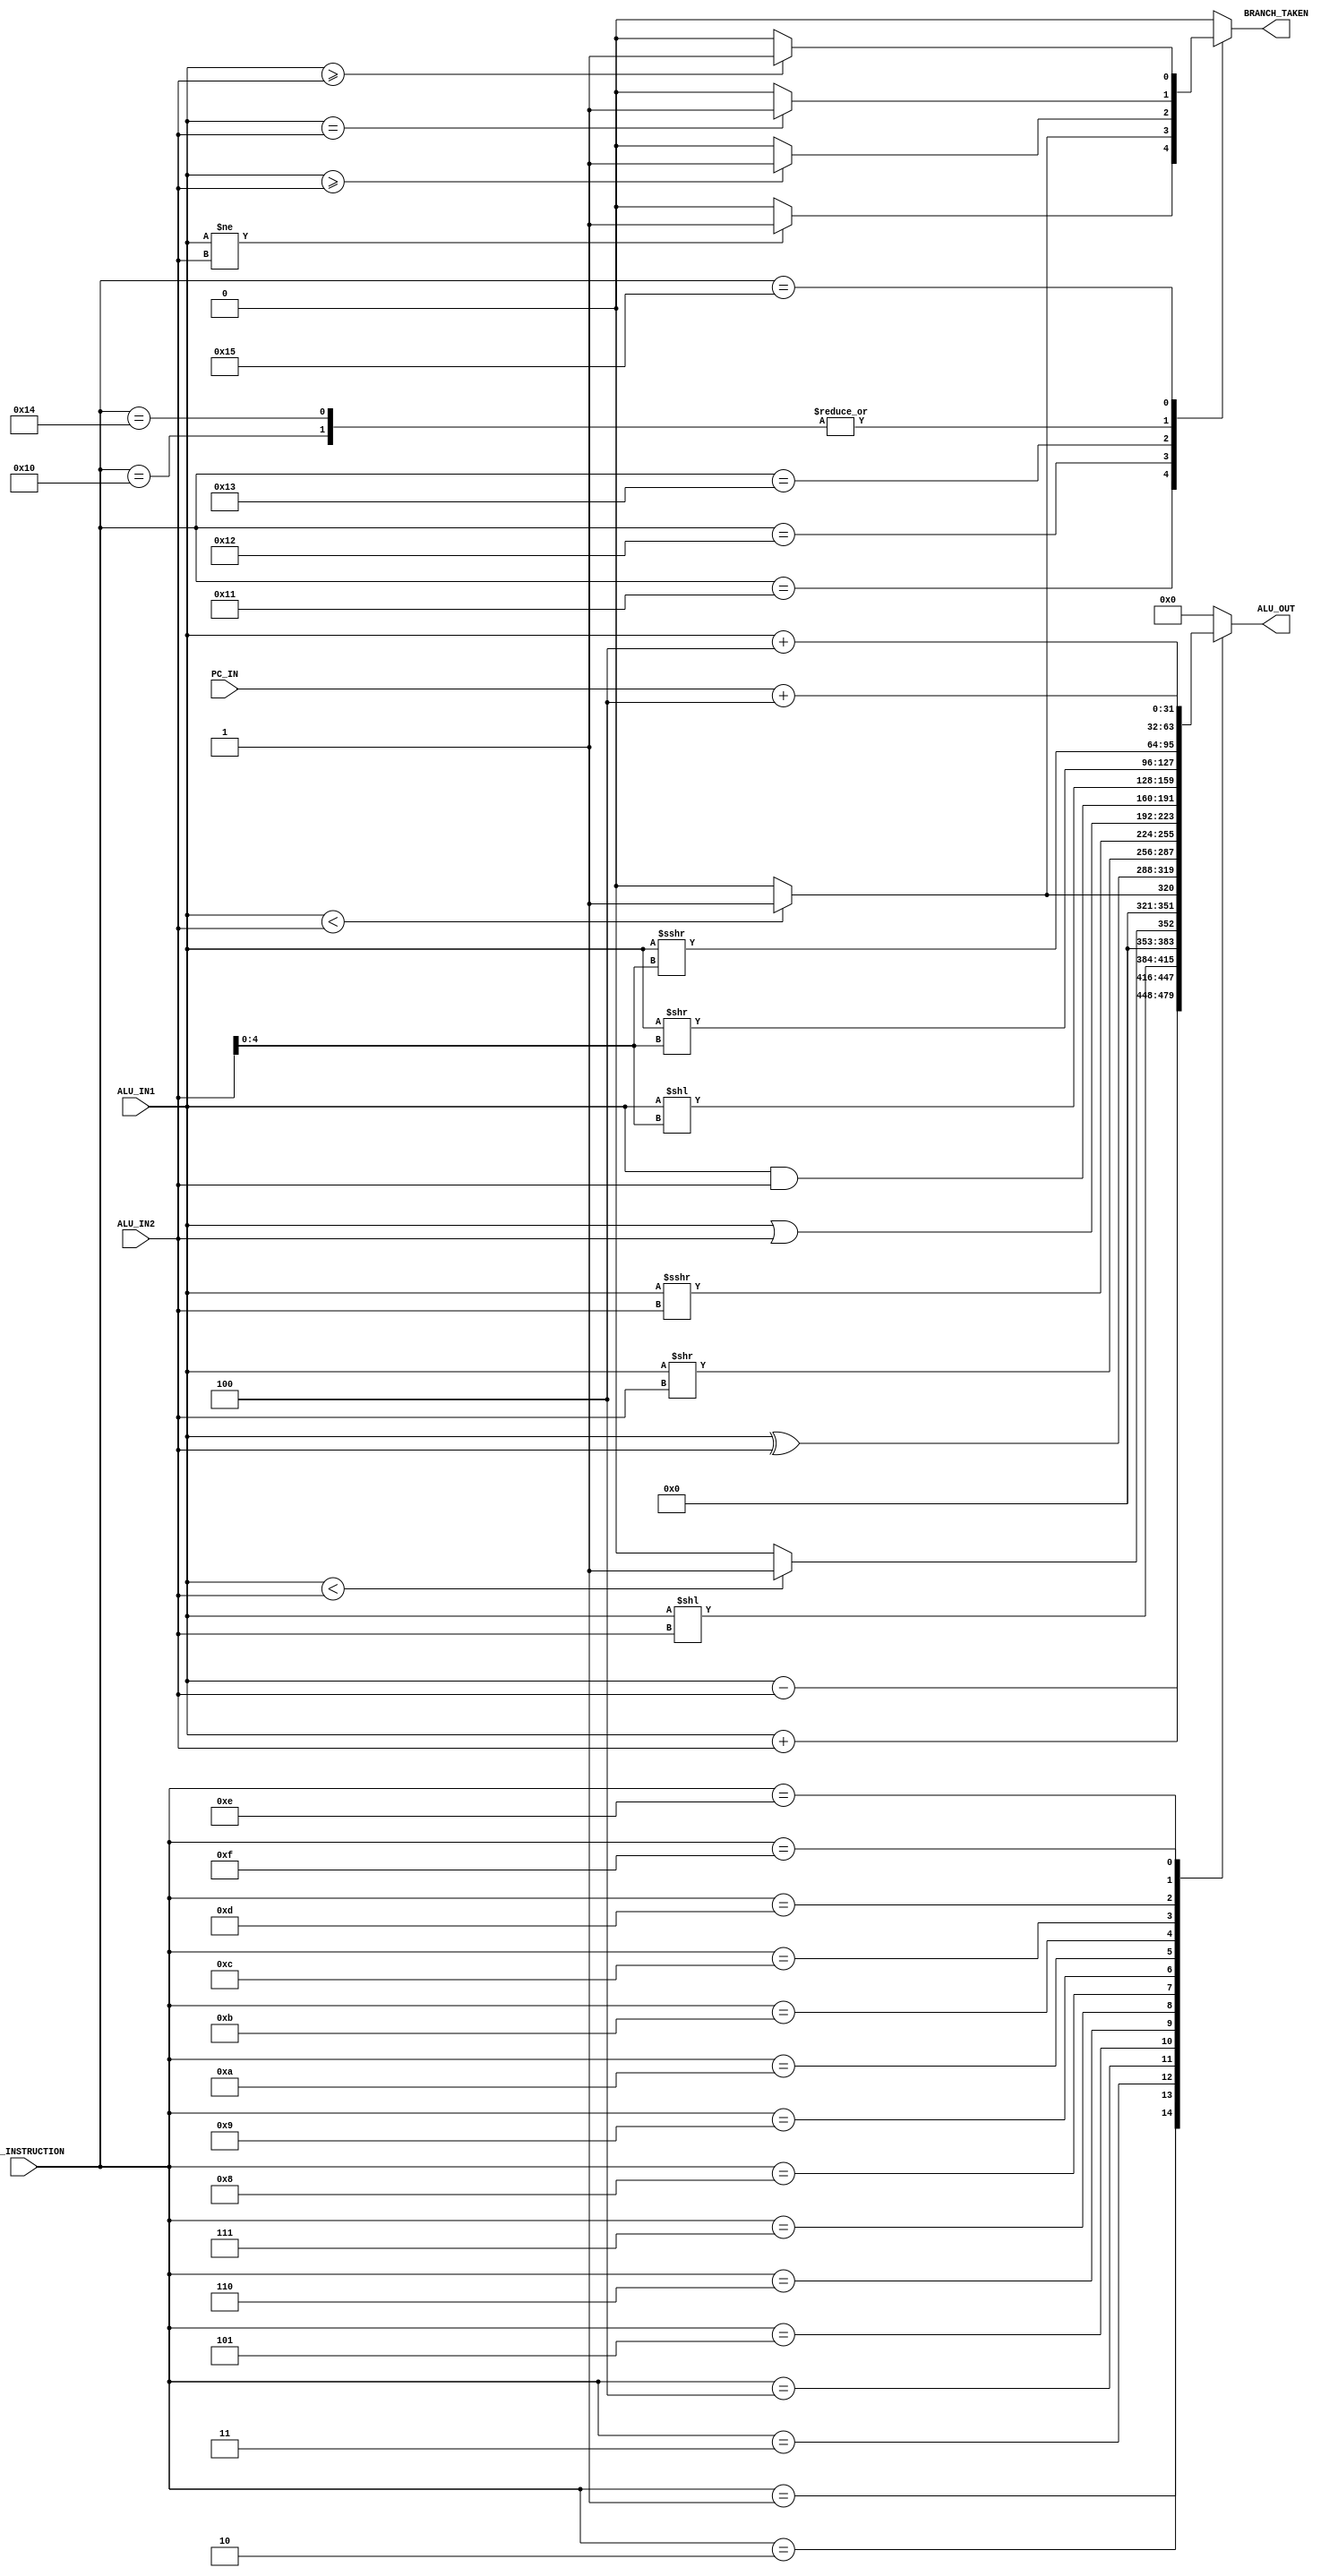
`timescale 1ns / 1ps
//////////////////////////////////////////////////////////////////////////////////
// Company: 
// 
// Design Name: 
// Module Name:     ALU
// Project Name:    RISC-V
// Target Devices: 
// Tool Versions: 
// Description: 
// 
// Dependencies: 
// 
// Revision:
// Revision 0.01 - File Created
// Additional Comments:
// 
//////////////////////////////////////////////////////////////////////////////////


module ALU #(
        parameter DATA_WIDTH            = 32            ,
        parameter HIGH                  = 1'b1          ,
        parameter LOW                   = 1'b0          ,
        
        parameter ALU_NOP               = 5'b00000      ,
        parameter ALU_ADD               = 5'b00001      ,
        parameter ALU_SUB               = 5'b00010      ,
        parameter ALU_SLL               = 5'b00011      ,
        parameter ALU_SLT               = 5'b00100      ,
        parameter ALU_SLTU              = 5'b00101      ,
        parameter ALU_XOR               = 5'b00110      ,
        parameter ALU_SRL               = 5'b00111      ,
        parameter ALU_SRA               = 5'b01000      ,
        parameter ALU_OR                = 5'b01001      ,
        parameter ALU_AND               = 5'b01010      ,
        parameter ALU_SLLI              = 5'b01011      ,
        parameter ALU_SRLI              = 5'b01100      ,
        parameter ALU_SRAI              = 5'b01101      ,
        parameter ALU_JAL               = 5'b01110      ,
        parameter ALU_JALR              = 5'b01111      ,
        parameter ALU_BEQ               = 5'b10000      ,
        parameter ALU_BNE               = 5'b10001      ,
        parameter ALU_BLT               = 5'b10010      ,
        parameter ALU_BGE               = 5'b10011      ,
        parameter ALU_BLTU              = 5'b10100      ,
        parameter ALU_BGEU              = 5'b10101      
    ) (
        input   [DATA_WIDTH - 1  : 0]   ALU_IN1           ,
        input   [DATA_WIDTH - 1  : 0]   ALU_IN2           ,
        input   [DATA_WIDTH - 1  : 0]   PC_IN             ,
        input   [4               : 0]   ALU_INSTRUCTION   ,
        output  [DATA_WIDTH - 1  : 0]   ALU_OUT           ,
        output                          BRANCH_TAKEN
    );
   
    reg  [DATA_WIDTH - 1  : 0]  alu_out_reg         ;
    reg                         branch_taken_reg    ;
    
    always@(*)
    begin
        case(ALU_INSTRUCTION)
            ALU_NOP:
            begin
                alu_out_reg         = 32'b0;
                branch_taken_reg    = LOW;
            end
            ALU_ADD:
            begin
                alu_out_reg         = $signed(ALU_IN1) + $signed(ALU_IN2);
                branch_taken_reg    = LOW;
            end
            ALU_SUB:
            begin
                alu_out_reg         = $signed(ALU_IN1) - $signed(ALU_IN2);
                branch_taken_reg    = LOW;
            end
            ALU_SLL:
            begin
                alu_out_reg         = ALU_IN1 << ALU_IN2;
                branch_taken_reg    = LOW;
            end
            ALU_SLT:
            begin
                if(ALU_IN1 < ALU_IN2)
                begin
                    alu_out_reg         = 32'b1;
                end
                else
                begin
                    alu_out_reg         = 32'b0;
                end
                branch_taken_reg    = LOW;
            end
            ALU_SLTU:
            begin
                if($signed(ALU_IN1) < $signed(ALU_IN2))
                begin
                    alu_out_reg         = 32'b1;
                end
                else
                begin
                    alu_out_reg         = 32'b0;
                end
                branch_taken_reg    = LOW;
            end
            ALU_XOR:
            begin
                alu_out_reg         = ALU_IN1 ^ ALU_IN2;
                branch_taken_reg    = LOW;
            end
            ALU_SRL:
            begin
                alu_out_reg         = ALU_IN1 >> ALU_IN2;
                branch_taken_reg    = LOW;
            end
            ALU_SRA:
            begin
                alu_out_reg         = ALU_IN1 >>> ALU_IN2;
                branch_taken_reg    = LOW;
            end
            ALU_OR:
            begin
                alu_out_reg         = ALU_IN1 | ALU_IN2;
                branch_taken_reg    = LOW;
            end
            ALU_AND:
            begin
                alu_out_reg         = ALU_IN1 & ALU_IN2;
                branch_taken_reg    = LOW;
            end
            ALU_SLLI:
            begin
                alu_out_reg         = ALU_IN1 << ALU_IN2[4:0];
                branch_taken_reg    = LOW;
            end
            ALU_SRLI:
            begin
                alu_out_reg         = ALU_IN1 >> ALU_IN2[4:0];
                branch_taken_reg    = LOW;
            end
            ALU_SRAI:
            begin
                alu_out_reg         = ALU_IN1 >>> ALU_IN2[4:0];
                branch_taken_reg    = LOW;
            end
            ALU_JAL:
            begin
                alu_out_reg         = ALU_IN1 + 4;
                branch_taken_reg    = LOW;
            end
            ALU_JALR:
            begin
                alu_out_reg         = PC_IN + 4;
                branch_taken_reg    = LOW;
            end
            ALU_BEQ:
            begin
                alu_out_reg         = 32'b0;
                if(ALU_IN1 == ALU_IN2)
                begin
                    branch_taken_reg    = HIGH;
                end
                else
                begin
                    branch_taken_reg    = LOW;
                end
            end
            ALU_BNE:
            begin
                alu_out_reg         = 32'b0;
                if(ALU_IN1 != ALU_IN2)
                begin
                    branch_taken_reg    = HIGH;
                end
                else
                begin
                    branch_taken_reg    = LOW;
                end
            end
            ALU_BLT:
            begin
                alu_out_reg         = 32'b0;
                if($signed(ALU_IN1) < $signed(ALU_IN2))
                begin
                    branch_taken_reg    = HIGH;
                end
                else
                begin
                    branch_taken_reg    = LOW;
                end
            end
            ALU_BGE:
            begin
                alu_out_reg         = 32'b0;
                if($signed(ALU_IN1) >= $signed(ALU_IN2))
                begin
                    branch_taken_reg    = HIGH;
                end
                else
                begin
                    branch_taken_reg    = LOW;
                end
            end
            ALU_BLTU:
            begin
                alu_out_reg         = 32'b0;
                if(ALU_IN1 == ALU_IN2)
                begin
                    branch_taken_reg    = HIGH;
                end
                else
                begin
                    branch_taken_reg    = LOW;
                end
            end
            ALU_BGEU:
            begin
                alu_out_reg         = 32'b0;
                if(ALU_IN1 >= ALU_IN2)
                begin
                    branch_taken_reg    = HIGH;
                end
                else
                begin
                    branch_taken_reg    = LOW;
                end
            end      
            default:
            begin
                alu_out_reg         = 32'b0;
                branch_taken_reg    = LOW;
            end
        endcase
    end
    
    assign  ALU_OUT         = alu_out_reg       ;
    assign  BRANCH_TAKEN    = branch_taken_reg  ;
    
endmodule